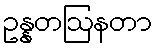
ဥန္နတဩနတာ